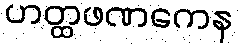
ဟတ္ထဖဏကေန